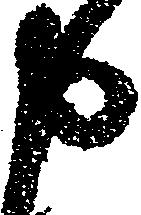
申